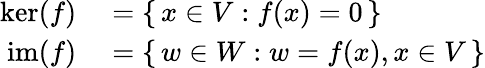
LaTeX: \begin{array}{rl}{\ker(f)}&{{}=\{ \, x\in V:f(x)=0\, \} }\\ {\operatorname{im}(f)}&{{}=\{ \, w\in W:w=f(x),x\in V\, \} }\end{array}